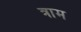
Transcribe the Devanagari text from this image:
त्राम